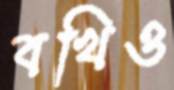
বখিও